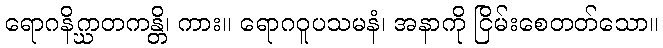
ရောဂနိဂ္ဃာတကန္တိ၊ ကား။ ရောဂဝူပသမနံ၊ အနာကို ငြိမ်းစေတတ်သော။